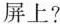
屏上?